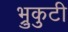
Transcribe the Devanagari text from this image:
भ्रुकुटी